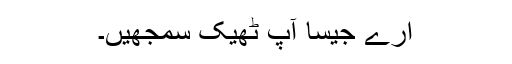
ارے جیسا آپ ٹھیک سمجھیں۔